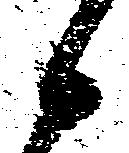
候